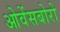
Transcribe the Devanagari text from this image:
ओवेंसबोरो